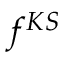
f ^ { K S }